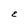
Character: E